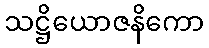
သဋ္ဌိယောဇနိကော